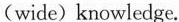
(wide) knowledge.